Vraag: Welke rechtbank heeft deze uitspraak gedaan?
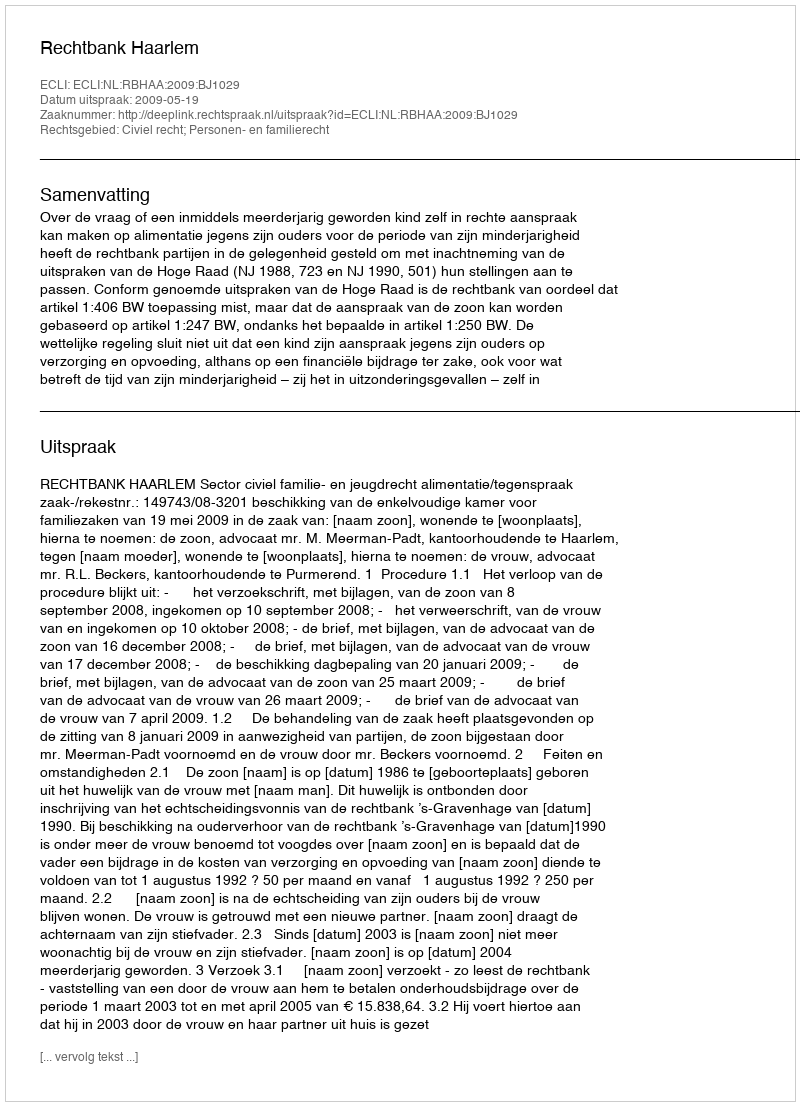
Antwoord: Rechtbank Haarlem